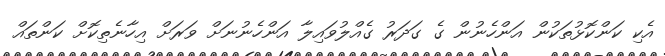
އެކި ކަންކޮޅުތަކުން އަންހެނުން ގެ ގަދަރު ގެއްލުވައިލާ އަންހެނުނަށް ވަރަށް އިހާނެތިކޮށް ކަންތައް